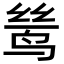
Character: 鸶